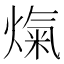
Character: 熂